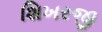
શિખરજી